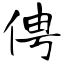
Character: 俜